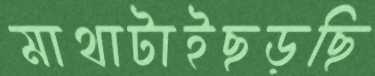
মাথাটাইছড়ছি